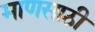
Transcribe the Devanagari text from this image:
माणसाठी